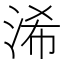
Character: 浠